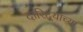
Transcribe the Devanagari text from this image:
दारिद्‌र्‍याच्या